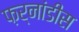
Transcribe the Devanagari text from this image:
फ़र्नांडीस